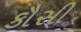
કૌસી